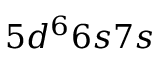
5 d ^ { 6 } 6 s 7 s